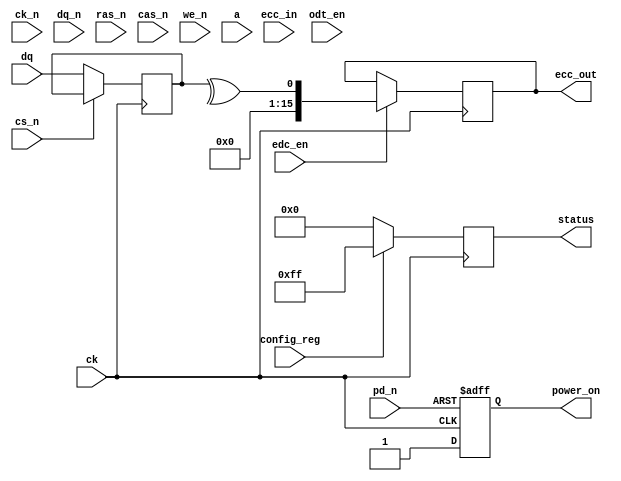
module gddr6x_io_block (
    // Differential Clock Inputs
    input wire ck,      // Clock
    input wire ck_n,    // Inverted Clock

    // Differential Data Signals
    input wire [15:0] dq,      // Data Input
    input wire [15:0] dq_n,    // Inverted Data Input

    // Command Signals
    input wire cs_n,    // Chip Select
    input wire ras_n,   // Row Address Strobe
    input wire cas_n,   // Column Address Strobe
    input wire we_n,    // Write Enable

    // Address Signals
    input wire [15:0] a,       // Address Lines

    // Power Management
    input wire pd_n,    // Power Down
    output reg power_on, // Power Status

    // Error Detection and Correction
    input wire edc_en,  // EDC Enable
    input wire [15:0] ecc_in, // ECC Input
    output reg [15:0] ecc_out, // ECC Output

    // Termination
    input wire odt_en,  // On-Die Termination Enable

    // Configuration and Control
    input wire config_reg, // Configuration Register
    output reg [7:0] status // Status Register
);

// Internal Signals
reg [15:0] data_reg; // Data Register
reg [15:0] address_reg; // Address Register

// Power Management Logic
always @(posedge ck or negedge pd_n) begin
    if (!pd_n) begin
        power_on <= 0; // Power Down
    end else begin
        power_on <= 1; // Power On
    end
end

// Data Capture Logic
always @(posedge ck) begin
    if (!cs_n) begin // If Chip Select is active
        data_reg <= dq; // Capture Data
        address_reg <= a; // Capture Address
    end
end

// Error Detection and Correction Logic
always @(posedge ck) begin
    if (edc_en) begin
        // Simple example of ECC generation (parity check)
        ecc_out <= ^data_reg; // Example ECC output (parity)
    end
end

// Termination Logic
always @(posedge ck) begin
    if (odt_en) begin
        // Implement termination logic here (not detailed)
    end
end

// Configuration and Control Logic
always @(posedge ck) begin
    // Example of status update based on configuration
    status <= config_reg ? 8'hFF : 8'h00; // Example status
end

endmodule